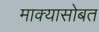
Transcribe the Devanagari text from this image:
माक्यासोबत